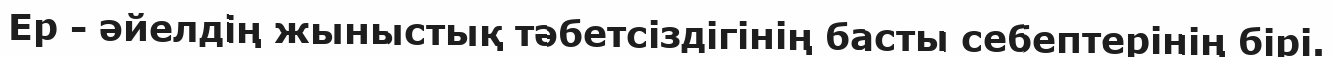
Ер - әйелдің жыныстық тәбетсіздігінің басты себептерінің бірі.